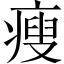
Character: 瘦